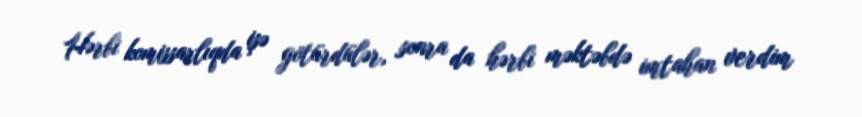
Hərbi komissarlıqda işə götürdülər, sonra da hərbi məktəbdə imtahan verdim